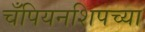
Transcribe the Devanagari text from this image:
चँपियनशिपच्या